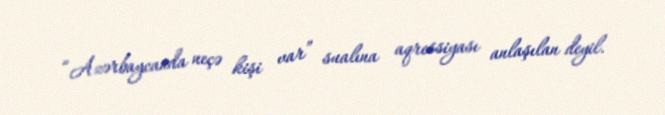
“Azərbaycanda neçə kişi var” sualına aqressiyası anlaşılan deyil.